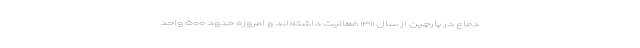
دفاع در پارچین از سال ۱۳۱۱ فعالیت داشته‌اند و امروزه حدود ۵۰۰ واحد